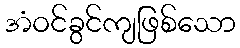
အံဝင်ခွင်ကျဖြစ်သော